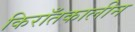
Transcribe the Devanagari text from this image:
किराँतकालीन